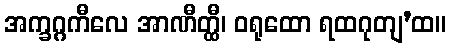
အက္ခဂ္ဂကီလေ အာဏီတ္ထီ၊ ဝရုထော ရထဂုတျ’ထ။